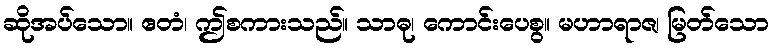
ဆိုအပ်သော။ ဧတံ၊ ဤစကားသည်။ သာဓု၊ ကောင်းပေစွ။ မဟာရာဇ၊ မြတ်သော